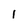
Character: 1